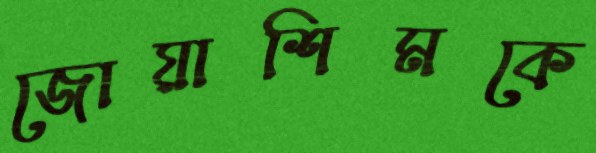
জোয়াশিমকে